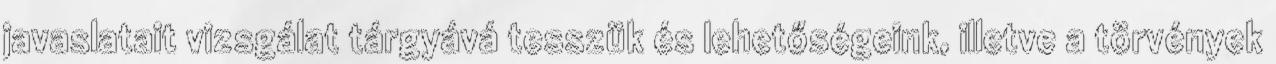
javaslatait vizsgálat tárgyává tesszük és lehetőségeink, illetve a törvények